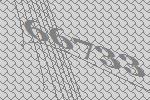
66733